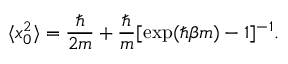
\langle x _ { 0 } ^ { 2 } \rangle = { \frac { \hbar } { 2 m } } + { \frac { \hbar } { m } } [ \exp ( \hbar \beta m ) - 1 ] ^ { - 1 } .